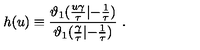
h ( u ) \equiv { \frac { \vartheta _ { 1 } ( { \frac { u \gamma } { \tau } } | { - { \frac { 1 } { \tau } } } ) } { \vartheta _ { 1 } ( { \frac { \gamma } { \tau } } | { - { \frac { 1 } { \tau } } } ) } } \ .